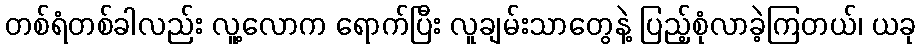
တစ်ရံတစ်ခါလည်း လူ့လောက ရောက်ပြီး လူချမ်းသာတွေနဲ့ ပြည့်စုံလာခဲ့ကြတယ်၊ ယခု